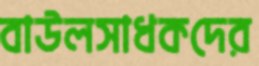
বাউলসাধকদের